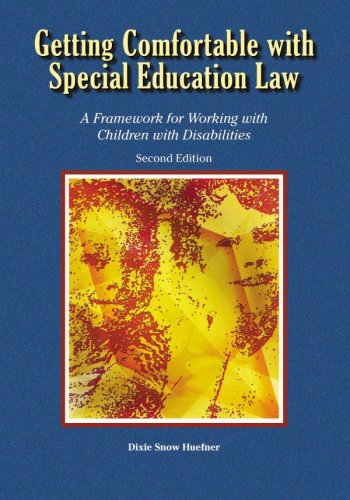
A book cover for Getting Comfortable with Special Education Law: A Framework for Working with Children with Disabilities; Dixie Snow Huefner; Law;